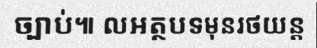
ច្បាប់៕ លអត្ថបទមុនរថយន្ត